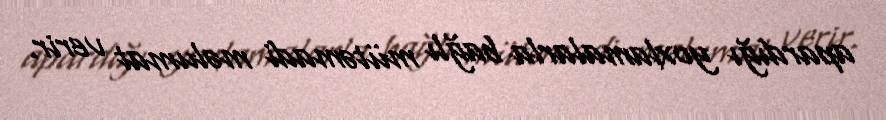
apardığı yoxlamalarla bağlı mütəmadi məlumat verir.